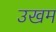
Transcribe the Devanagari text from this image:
उखम